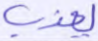
يعذب